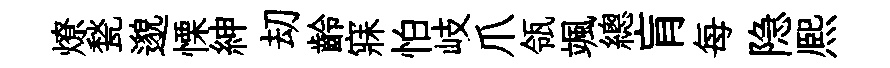
燎甃邈慄紳刧齡寐怕岐爪瓴颯總肓每隐熈